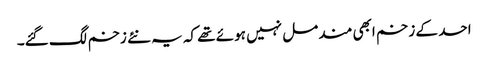
احد کے زخم ابھی مندمل نہیں ہوئے تھے کہ یہ نئے زخم لگ گئے۔